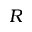
R